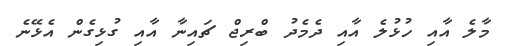
މާލެ އާއި ހުޅުލެ އާއި ދެމެދު ބްރިޖް ޗައިނާ އާއި ގުޅިގެން އެޅޭނެ